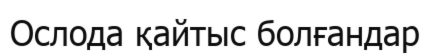
Ослода қайтыс болғандар